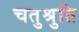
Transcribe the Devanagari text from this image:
चतुश्रुति